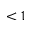
< 1